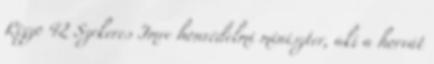
Rizzo 42 Szekeres Imre honvédelmi miniszter, aki a horvát